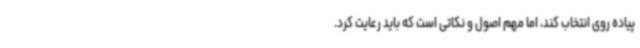
پیاده روی انتخاب کند، اما مهم اصول و نکاتی است که باید رعایت کرد.